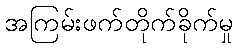
အကြမ်းဖက်တိုက်ခိုက်မှု